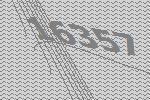
16357